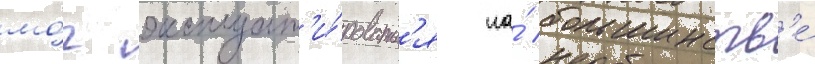
мо́г эксплуат'и́роватьс'я на́ большинств'е́